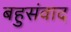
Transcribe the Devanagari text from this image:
बहुसंवाद